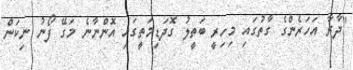
"ދާރާ އަހަރެންގެ ގާތުގައި މިހިރީ ބަތީލު ގޮދަޑިމަތީގައި އޮންނާނެ މަގޭ ފޯނު ނިކަން